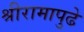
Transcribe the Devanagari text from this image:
श्रीरामापुढे